Annual report on the working of the Harcourt Butler Institute of Public Health, Rangoon
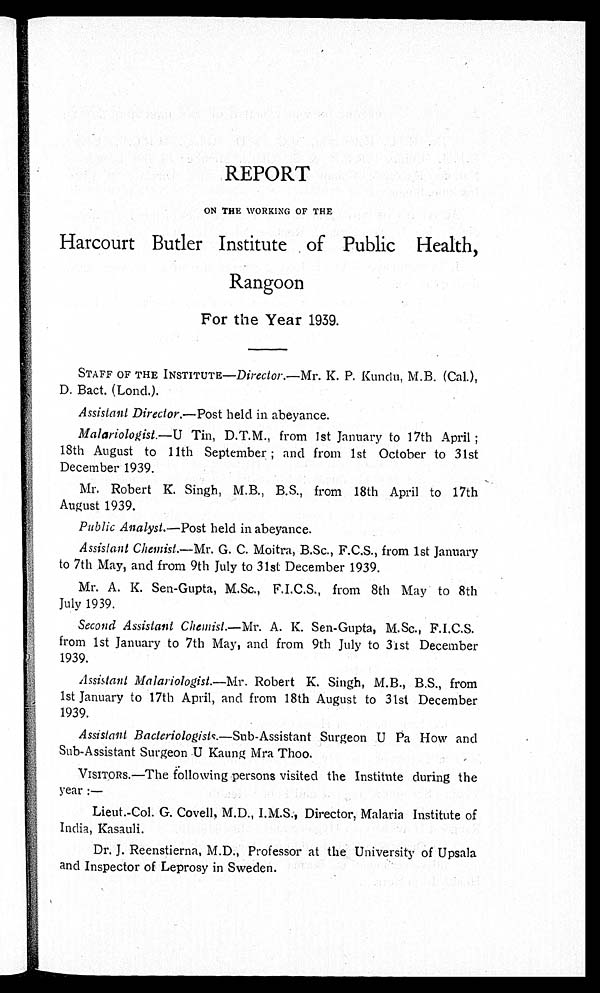
REPORT
ON THE WORKING OF THE
Harcourt Butler Institute of Public Health,
Rangoon
For the Year 1939.
STAFF OF THE INSTITUTE—Director.—Mr. K. P. Kundu, M.B. (Cal.),
D. Bact. (Load.).
Assistant Director.—Post held in abeyance.
Malariologist.—U Tin, D.T.M., from 1st January to 17th April;
18th August to 11th September; and from 1st October to 31st
December 1939.
Mr. Robert K. Singh, M.B., B.S., from 18th April to 17th
August 1939.
Public Analyst.—Post held in abeyance.
Assistant Chemist.—Mr. G. C. Moitra, B.Sc., F.C.S., from 1st January
to 7th May, and from 9th July to 31st December 1939.
Mr. A. K. Sen-Gupta, M.Sc., F.I.C.S., from 8th May to 8th
July 1939.
Second Assistant Chemist.—Mr. A. K. Sen-Gupta, M.Sc., F.I.C.S.
from 1st January to 7th May, and from 9th July to 31st December
1939. Assistant Malariologist.—Mr. Robert K. Singh, M.B., B.S., from
1st January to 17th April, and from 18th August to 31st December
1939. Assistant Bacteriologists.—Sub-Assistant Surgeon U Pa How and
Sub-Assistant Surgeon U Kaung Mra Thoo.
VISITORS.—The following persons visited the Institute during the
year:— Lieut.-Col. G. Covell, M.D., I.M.S. Director, Malaria Institute of
India, Kasauli.
Dr. J. Reenstierna, M.D., Professor at the University of Upsala
and Inspector of Leprosy in Sweden.